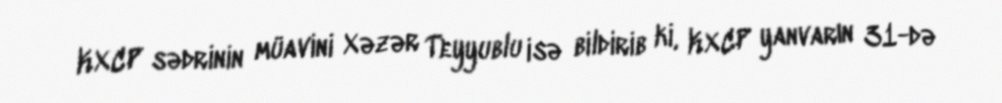
KXCP sədrinin müavini Xəzər Teyyublu isə bildirib ki, KXCP yanvarın 31-də